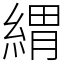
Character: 緭